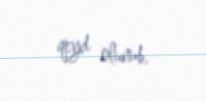
qeyd olunub.